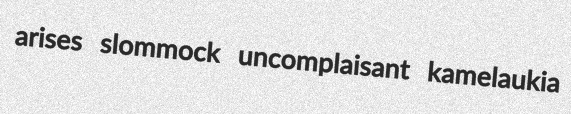
arises slommock uncomplaisant kamelaukia